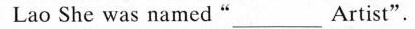
Lao She was named "___ Artist".